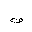
Letter: _ta